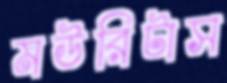
মউরিটাস